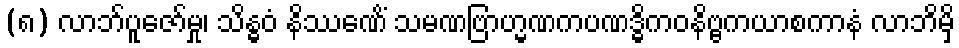
(၈) လာဘ်ပူဇော်မှု၊ သိန္ဓဝံ နိဿေဏိံ သမဏဗြာဟ္မဏကပဏဒ္ဓိကဝနိဗ္ဗကယာစကာနံ လာဘိမှိ